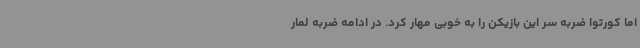
اما کورتوا ضربه سر این بازیکن را به خوبی مهار کرد. در ادامه ضربه لمار